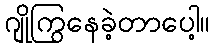
ဂျိုကြွနေခဲ့တာပေါ့။